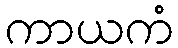
ကာယကံ